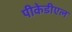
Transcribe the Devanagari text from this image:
पीकेडीएल